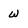
Character: w